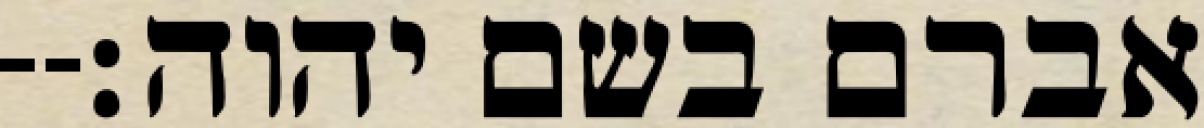
אברם בשם יהוה׃--